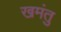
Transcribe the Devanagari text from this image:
खमंतु